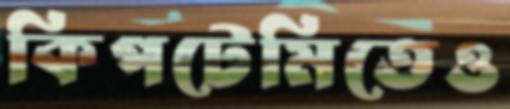
কিপটেমিতেও